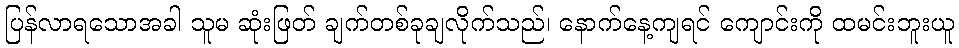
ပြန်လာရသောအခါ သူမ ဆုံးဖြတ် ချက်တစ်ခုချလိုက်သည်၊ နောက်နေ့ကျရင် ကျောင်းကို ထမင်းဘူးယူ